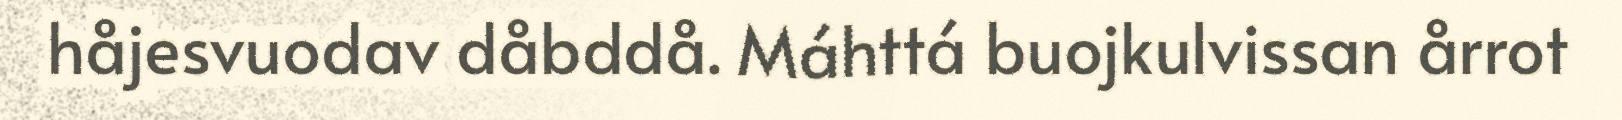
håjesvuodav dåbddå. Máhttá buojkulvissan årrot